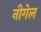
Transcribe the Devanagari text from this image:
नीगेल